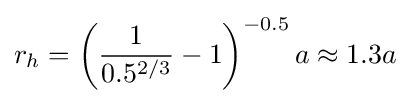
r_{h}=\left({\frac {1}{0.5^{2/3}}}-1\right)^{-0.5}a\approx 1.3a